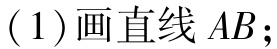
(1)画直线 \(AB\)；